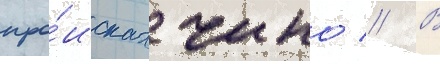
про́исках чино // В